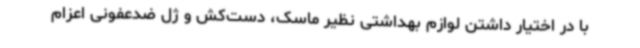
با در اختیار داشتن لوازم بهداشتی نظیر ماسک، دست‌کش و ژل ضدعفونی اعزام